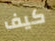
كيف